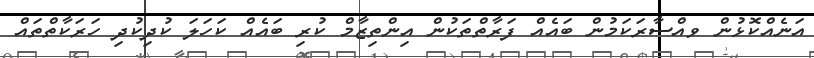
އަނެއްކޮޅުން ވއްސާރަކަމުން ބައެއް ފަރާތްތަކުން އިންތިޒާމް ކުރި ބައެއް ކަހަލަ ކުދިކުދި ހަރަކާތްތައް